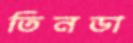
তিনডা